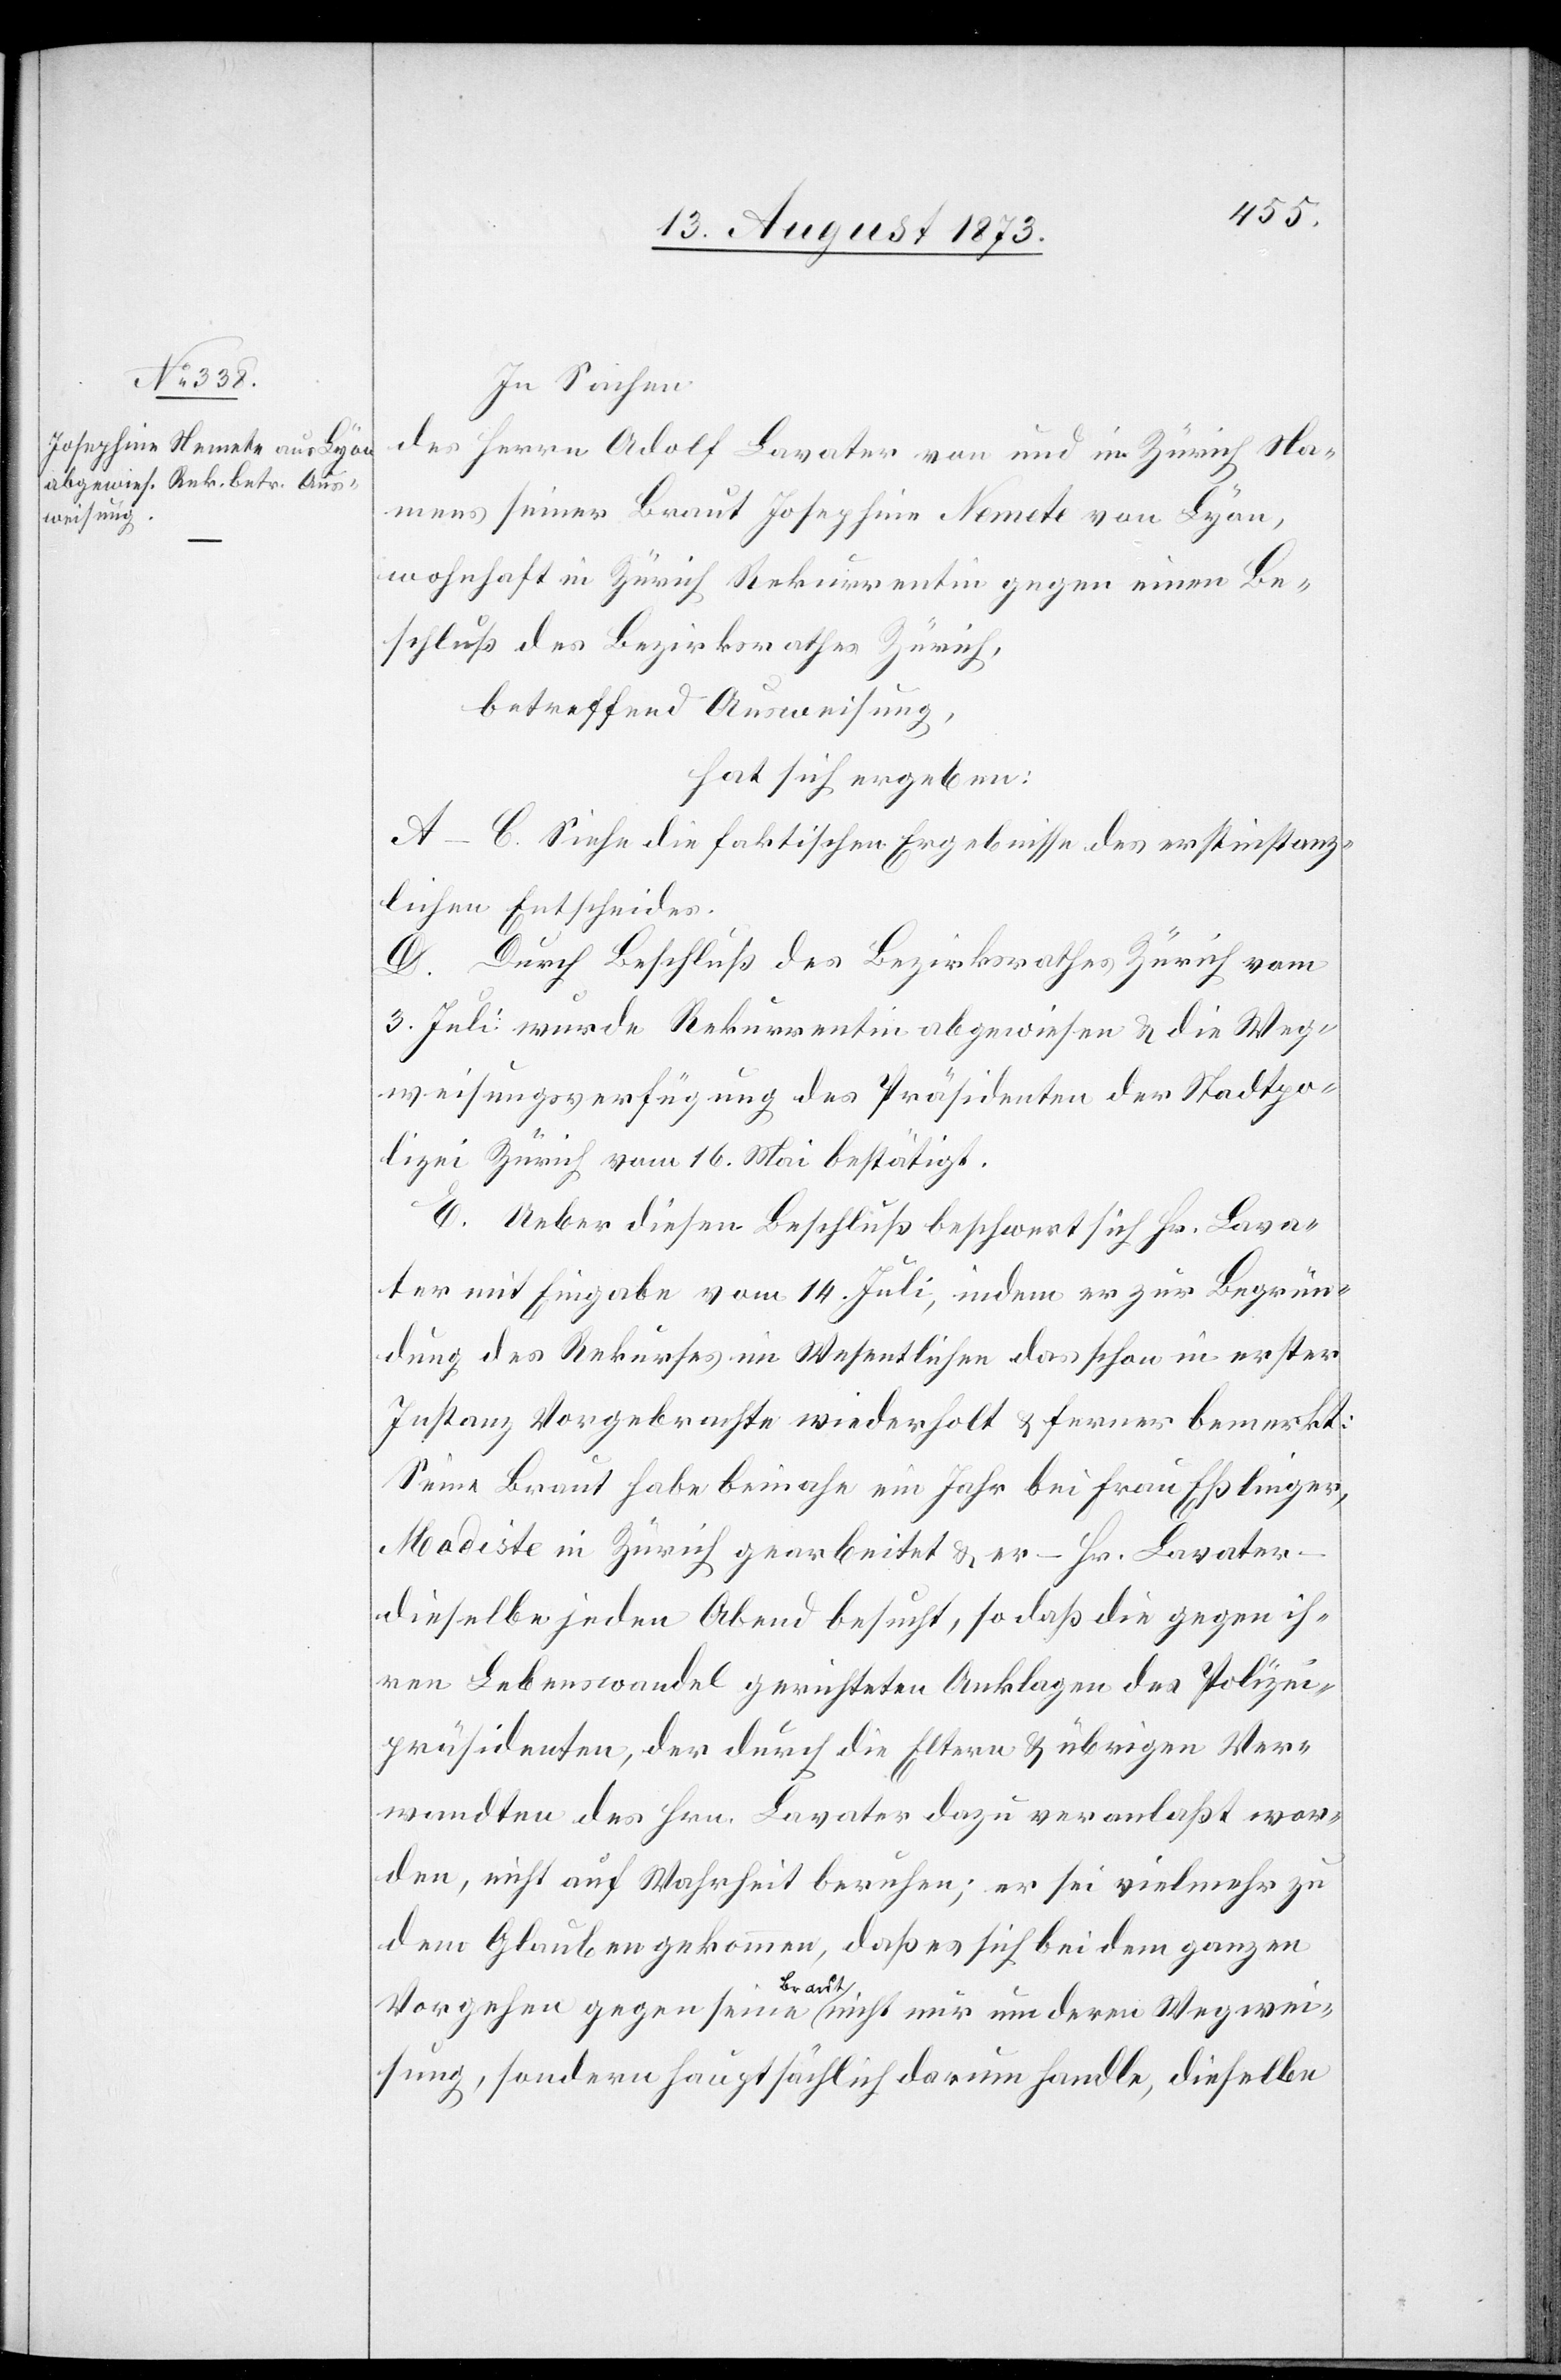
In Sachen
des Herrn Adolf Lavater von und in Zürich Na¬
mens seiner Braut Josephine Nemete von Lyon,
wohnhaft in Zürich Rekurrentin gegen einen Be¬
schluß des Bezirksrathes Zürich,
betreffend Ausweisung,
hat sich ergeben:
A–C. Siehe die faktischen Ergebnisse des erstinstanz¬
lichen Entscheides.
D. Durch Beschluß des Bezirksrathes Zürich vom
3. Juli wurde Rekurrentin abgewiesen & die Weg¬
weisungsverfügung des Präsidenten der Stadtpo¬
lizei Zürich vom 16. Mai bestätigt.
E. Ueber diesen Beschluß beschwert sich Hr. Lava¬
ter mit Eingabe vom 14. Juli, indem er zur Begrün¬
dung des Rekurses im Wesentlichen das schon in erster
Instanz Vorgebrachte wiederholt & ferner bemerkt:
seine Braut habe beinahe ein Jahr bei Frau Eßlinger,
Modiste in Zürich gearbeitet & er – Hr. Lavater
dieselbe jeden Abend besucht, so daß die gegen ih¬
ren Lebenswandel gerichteten Anklagen des Polizei¬
präsidenten, der durch die Eltern & übrigen Ver¬
wandten des Hrn. Lavater dazu veranlaßt wor¬
den, nicht auf Wahrheit beruhen; er sei vielmehr zu
dem Glauben gekommen, daß es sich bei dem ganzen
Vorgehen gegen seine Braut nicht nur um deren Wegwei¬
sung, sondern hauptsächlich darum handle, dieselbe